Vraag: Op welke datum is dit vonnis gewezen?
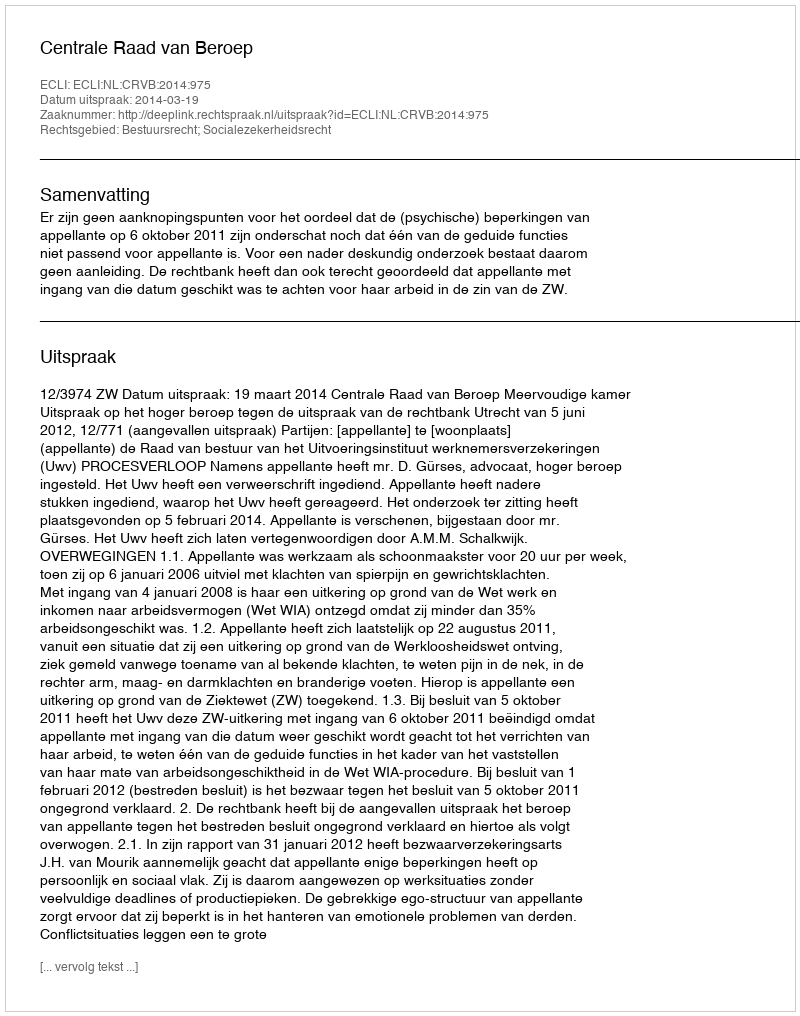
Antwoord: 2014-03-19